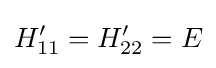
H'_{11}=H'_{22}=E